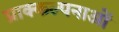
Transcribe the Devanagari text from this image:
प्राक्कल्पनाओं